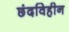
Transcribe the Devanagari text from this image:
छंदविहीन